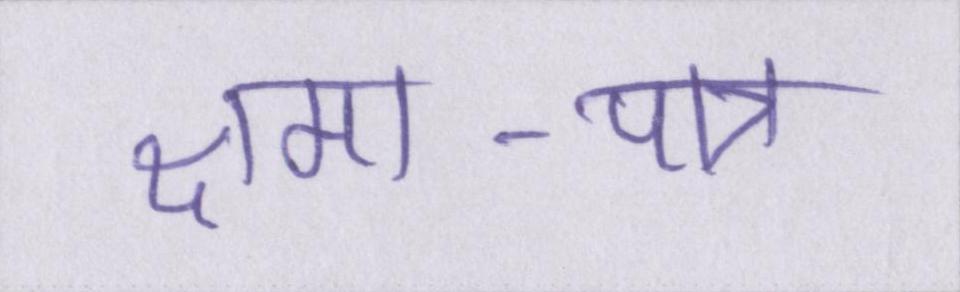
क्षमा-पात्र